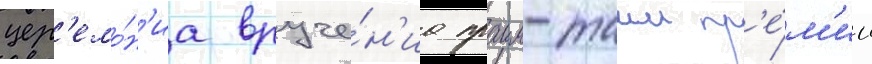
цер'емо́н'иа вруче́н'иа праим-таим пр'е́м'ии